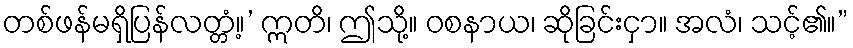
တစ်ဖန်မရှိပြန်လတ္တံ့။’ ဣတိ၊ ဤသို့။ ဝစနာယ၊ ဆိုခြင်းငှာ။ အလံ၊ သင့်၏။”